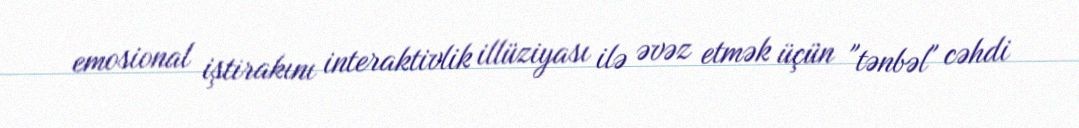
emosional iştirakını interaktivlik illüziyası ilə əvəz etmək üçün "tənbəl" cəhdi